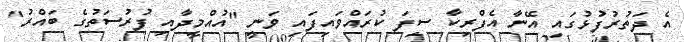
އެ ދަތުރުފުޅުގައި އޭނާ އެފްރިކާ ސިފަ ކުރައްވައިފައި ވަނީ "އުއްމީދާއި ފުރުސަތުގެ ބައްރު"